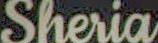
Sheria